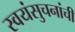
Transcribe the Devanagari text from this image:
स्वयंसुचनांची